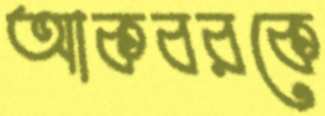
আকবরকে